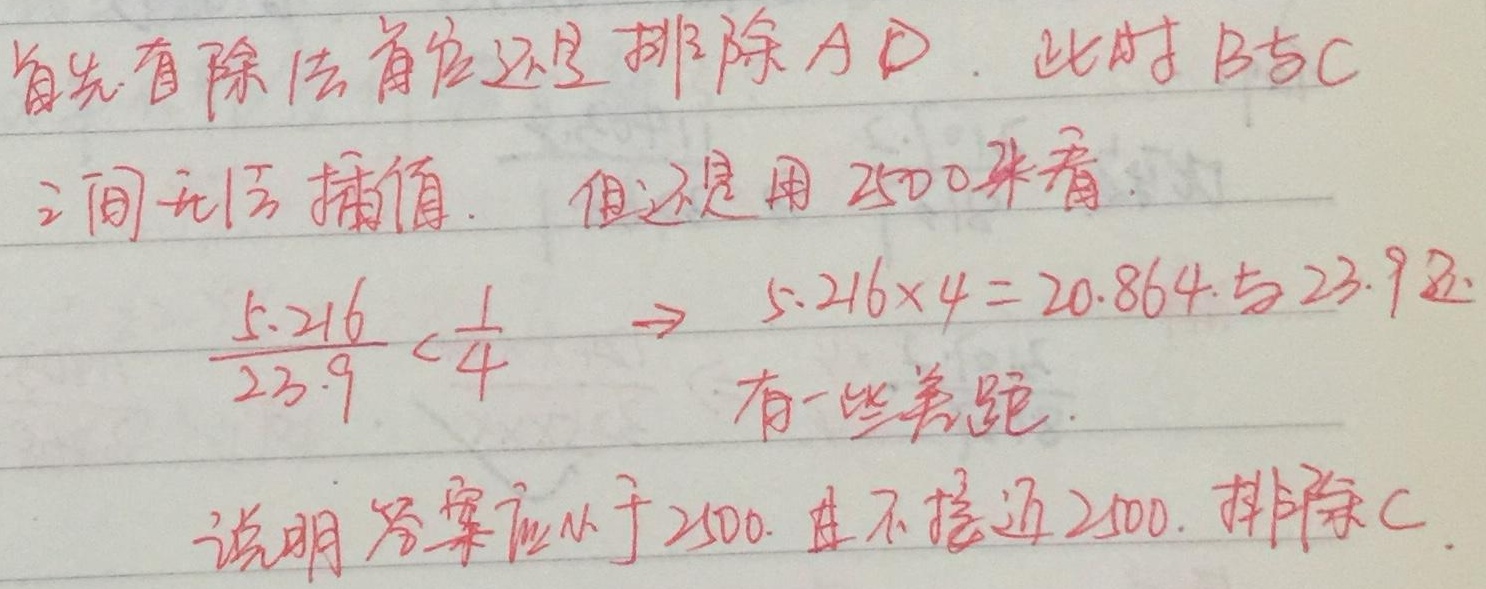
首先看除法首位还是排除 A D. 此时 B 与 C之间无法插值. 但还是用 2500 来看.
\(\frac{5.216}{23.9}<\frac{1}{4}\) $\to$ \(5.216\times4 = 20.864\) 与 23.9 还有一些差距.说明答案应小于 2500, 且不接近 2500, 排除 C.